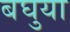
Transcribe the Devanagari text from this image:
बघुया